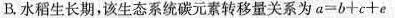
B.水稻生长期，该生态系统碳元素转移量关系为$$α = b + c + e$$